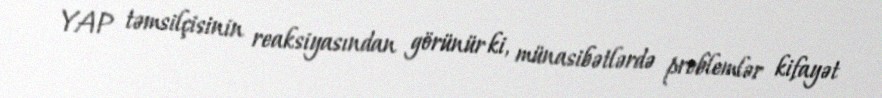
YAP təmsilçisinin reaksiyasından görünür ki, münasibətlərdə problemlər kifayət